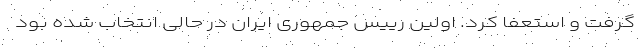
گرفت و استعفا کرد. اولین رییس جمهوری ایران در حالی انتخاب شده بود